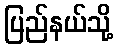
ပြည်နယ်သို့